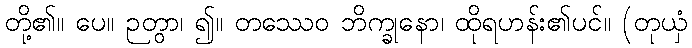
တို့၏။ ပေ။ ဉတွာ၊ ၍။ တဿေဝ ဘိက္ခုနော၊ ထိုရဟန်း၏ပင်။ (တုယှံ